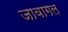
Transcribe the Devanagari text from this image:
जावागल